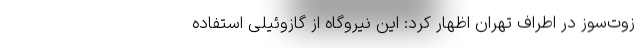
زوت‌‌سوز در اطراف تهران اظهار کرد: این نیروگاه از گازوئیلی استفاده